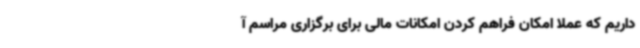
داریم که عملاً امکان فراهم کردن امکانات مالی برای برگزاری مراسم آ